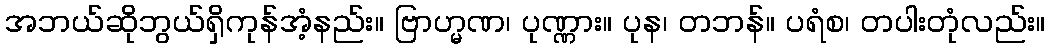
အဘယ်ဆိုဘွယ်ရှိကုန်အံ့နည်း။ ဗြာဟ္မဏ၊ ပုဏ္ဏား။ ပုန၊ တဘန်။ ပရံစ၊ တပါးတုံလည်း။